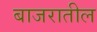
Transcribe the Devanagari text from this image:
बाजरातील